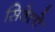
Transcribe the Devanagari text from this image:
सिवेलो